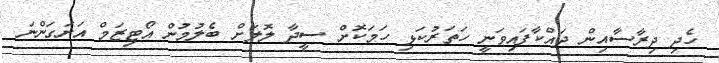
ހެދި ދިރާސާއިން ދައްކާފައިވަނީ ހަތަރުކަޅި ހަމަކޮށް ސީދާ ލޮލަށް ބެލުމުން އޯޓިޒަމް އަށަގަންނަ